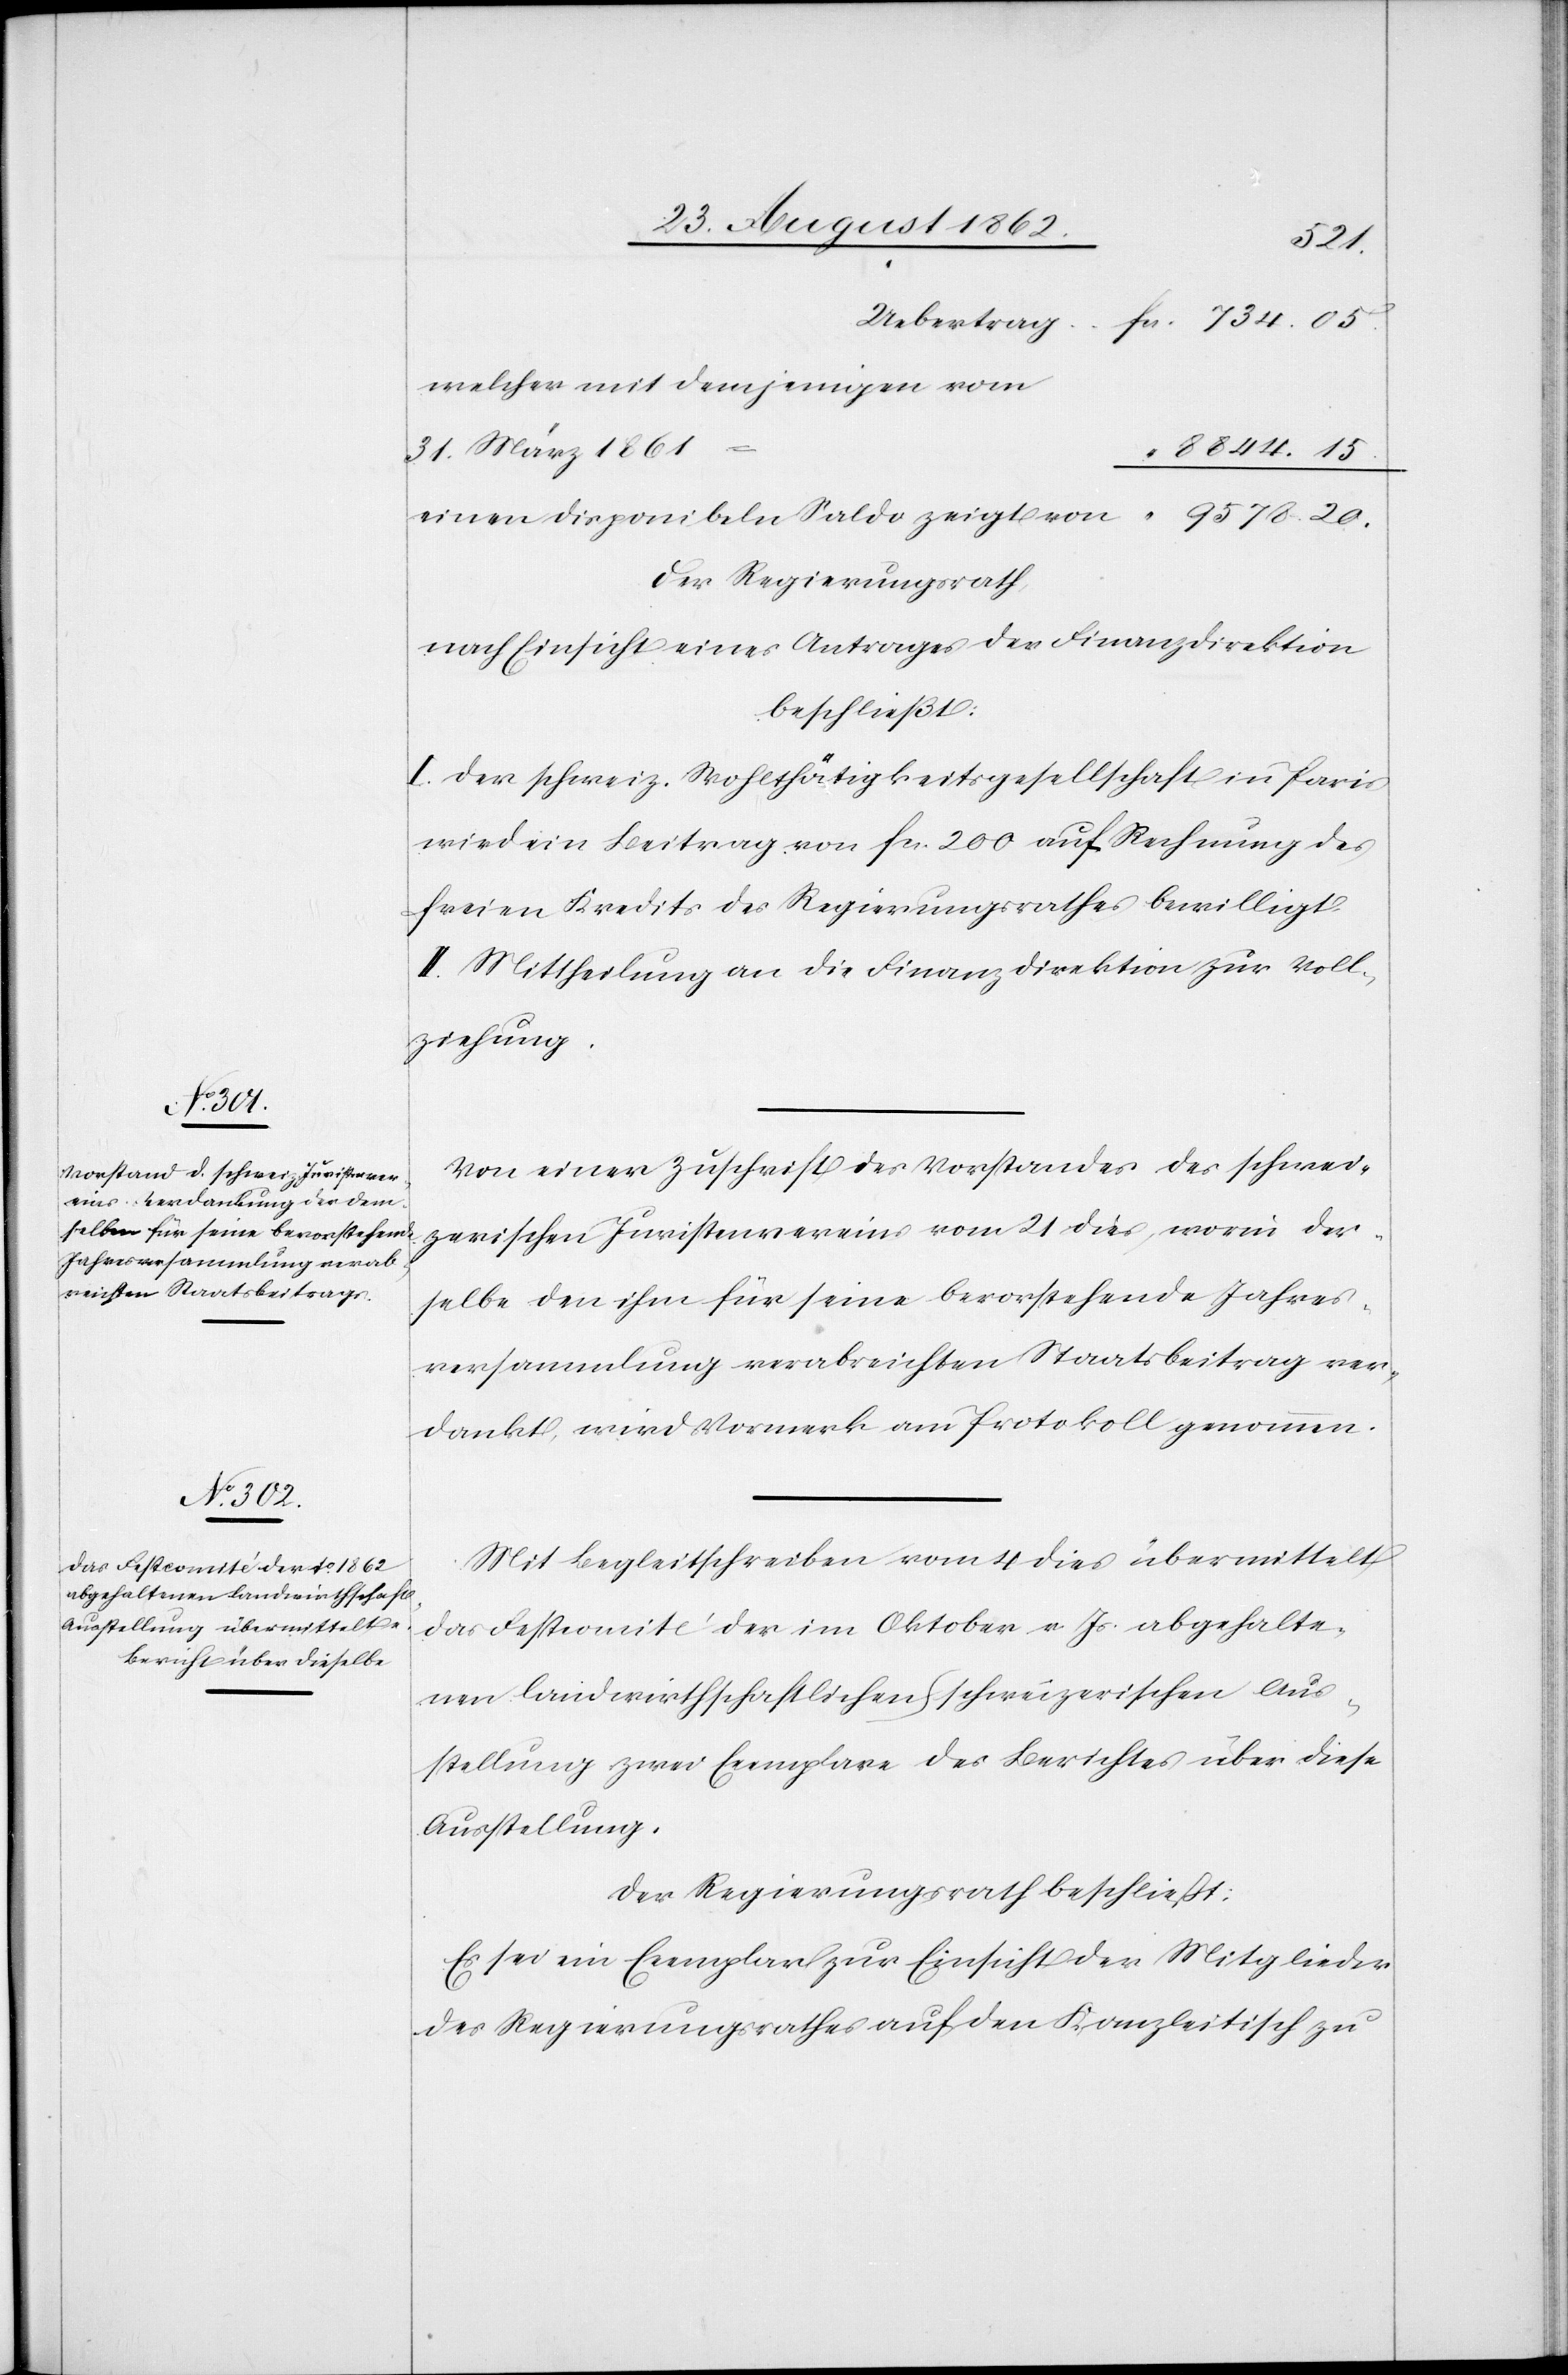
20.
welcher mit demjenigen vom
31. März 1861
Der Regierungsrath,
nach Einsicht eines Antrages der Finanzdirektion
beschließt:
I. Der schweiz. Wohlthätigkeitsgesellschaft in Paris
wird ein Beitrag von fcs. 200 auf Rechnung des
freien Kredits des Regierungsrathes bewilligt.
II. Mittheilung an die Finanzdirektion zur Voll¬
ziehung.
Von einer Zuschrift des Vorstandes des schwei¬
zerischen Juristenvereins vom 21. dies, worin der¬
selbe den ihm für seine bevorstehende Jahrs¬
versammlung verabreichten Staatsbeitrag ver¬
dankt, wird Vormerk am Protokoll genommen.
Mit Begleitschreiben vom 4. dies übermittelt
das Festcomité der im Oktober v. Js. abgehalte¬
nen landwirthschaftlichen schweizerischen Aus¬
stellung zwei Exemplare des Berichtes über diese
Ausstellung.
Der Regierungsrath beschließt:
Es sei ein Exemplar zur Einsicht der Mitglieder
des Regierungsrathes auf den Kanzleitisch zu